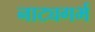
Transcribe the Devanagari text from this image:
नाट्यगर्भ